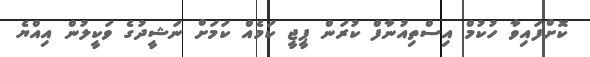
ކޮށްފައިވާ ހުކުމް އިސްތިއުނާފް ކުރަން ޕީޖީ ކަމެއް ކަމަށް ނަޝީދުގެ ވަކީލުން އިއްޔެ